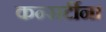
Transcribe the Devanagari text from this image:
कन्सर्टीना